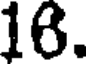
16.